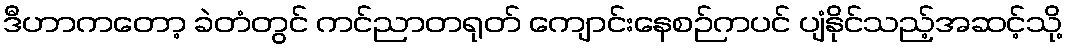
ဒီဟာကတော့ ခဲတံတွင် ကင်ညာတရုတ် ကျောင်းနေစဉ်ကပင် ပျံနိုင်သည့်အဆင့်သို့